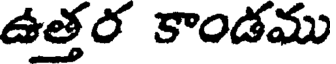
ఉత్తర కాండము